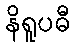
နိရူပဓီ